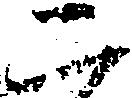
二